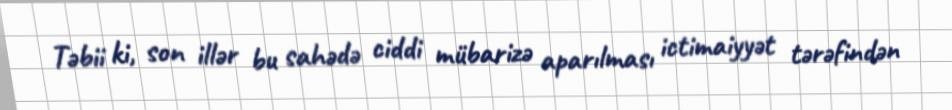
Təbii ki, son illər bu sahədə ciddi mübarizə aparılması ictimaiyyət tərəfindən